Leaving Certificate, 1897
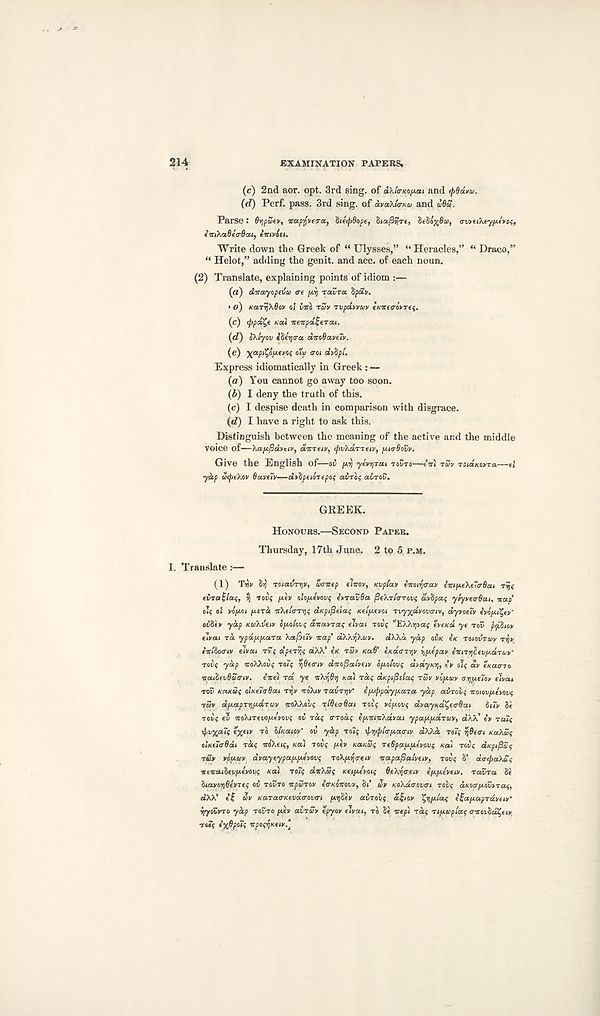
EXAMINATION PAPERS,
214
(c) 2nd aor. opt. 3rd sing, of d\lcrKoy.ai and ipdanu.
(d) Perf. pass. 3rd sing, of avaXlo-Ku and u&S.
Parse: Oypatv, Trecprjvera, 8i(<f>8ope, Ziafly'rt, SeSo^Soi, <rv>ci\ty[*.f»0(,
e'lri'kaOetrBa.i) tnivou.
Write down the Greek of “ Ulysses,” “Heracles,” “ Draco,”
“ Helot,” adding the genit. and ace. of each noun.
(2) Translate, explaining points of idiom :—
(a) dirayopeva ere [xij TOVTCC dpdv.
* o) KaTrjXdov oi Ciro rSv rvpdtiyuv e/eireo-oVrej.
(c) (ppd^e Kcd Ttenpdl-tTou,
(d) ohlyov iherja-u di:o6a.yeiv.
(e) yapCCfintvas otp <rot dvbpt.
Express idiomatically in Greek : —
(a) You cannot go away too soon.
(b) I deny the truth of this.
(c) I despise death in comparison with disgrace.
(«?) I have a right to ask this.
Distinguish between the meaning of the active and the middle
Voice of—hapifidytiv, ditreiy, (pvkdTTeiv, /Madovv.
Give the English of—oi jaij yeyrjTai TOUTO—eVl r£y Tjua/eovra—tl
yap d<pe'My Bayfiy—di%petoi(po$ ai-ro? airov.
GREEK.
HONOURS.—SECOND PAPER.
Thursday, 17th June. 2 to 5 P.M.
I. Translate:—
(1) Tyy brj ToiatjTrjy, Sxritep ilnov, Kvplccy cmiritrav impi.e\e7<r6at Tvj<
eira!/«<?, vj Toil? jaev oio/*e»oti? eyravda fieXTi'o-rovf dydpa; ytyvtcr6a.is %ap
oT$ oi vo/xot jaera TrAe!<rT/]$ dKpiBeiat; Keipevoi rvy^dvovcriv, dyyoeiy evo'/ai^er’
oiStr yap Kto’hveiy ojao/ot)? anayras that TOzif "EX'/.yjiai; tvtKU yt TOV prpjiov
tlvett TO. ypd.ixjA.aTa hafiuv wap' dXMjkuv. dXkd ydp CVK e* Toioirav
eir/So<r(v eiyai
dperyji; aXX’ eK TSV KU8' indaTfiv itjx(pay iiyiTrjlevfxdruy'
T6v( ydp oroXXot/; TO^ ■tfitcriv dm^ai'yeiv ofxoi'ovs d»ay/o), iy oI< dy exatno
naiifvdSo-yy. eve) rd ye vkySy na) Taf dtpipdac, ray yijxay arjjxetov eiyai
TOV KaKUf olKeiarOai Tijv vohv TavTyjy" e/xcppdyjxaTa ydp avToiq voiov/xeyovf
TSV dfxapT’tjjxdTov iroXXov? TideaOai rot? vo/xovs dyaynd^eirBai
SiTy Se
TOVf el voXiTevojxevovs ov Taf o-Todf ejxvivXdyat ypa/x/xaTiev, dXX’ iy Tatt;
y^vycfitis eyeiy TO bticaiov' ov ydp Tots ^^(pitrixamy dXXd TO?5 yiBeari Ka\S$
ohcetirOdi Tat; oro'Xejj, na\ TOV; jxev Kana; TeGpajxjxiyovt; tea) TOV; aKpifiZ;
T&V yojxtov dvaytypajxjxeyov; ToX/x^treiy vapafiatyew, TOV; S’ drxtpahoc
vtvaihevfxevov; KO) TOI; dv'/.Z; Ketjxtyoi; OeXytreiv ifxjxiyety. Taina he
hiayotiBeyre; ov TOVTO vpuroy ecKovovy, hi' uy KoXatrovcri TOV; dKoprjxoviTa;,
dXX’ e’f 2>v KaTatTKevda-ovtri fxtjhev avTOv; df/ov 'Cfljxia; e^a/xapTayeiy'
iiyovyro ydp TOVTO jxev avTuy epyoy eiyai, TO he vep't rd; Tijxupla; <rvovhaC,eiv
TOO; iyfipoT; vpo;r}Keiv.‘